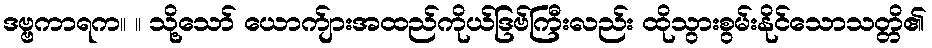
ဒဗ္ဗကာရက။ ။ သို့သော် ယောက်ျားအထည်ကိုယ်ဒြဗ်ကြီးလည်း ထိုသွားစွမ်းနိုင်သောသတ္တိ၏